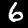
Label: 6